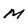
Character: M